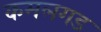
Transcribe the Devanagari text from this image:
कमलगड